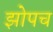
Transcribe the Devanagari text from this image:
झोपच